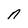
Character: n